Problem: 35 - 12 = ?
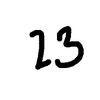
Handwritten answer: 23